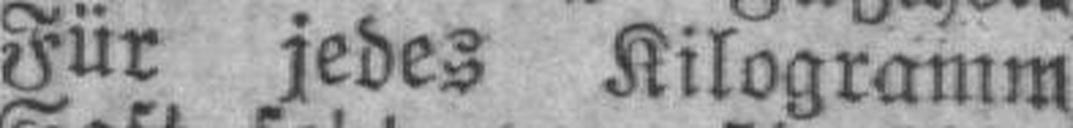
Für jedes Kilogramm